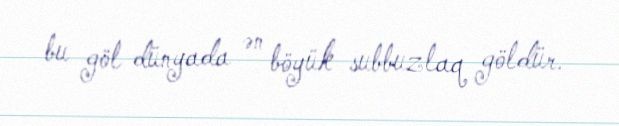
bu göl dünyada ən böyük subbuzlaq göldür.